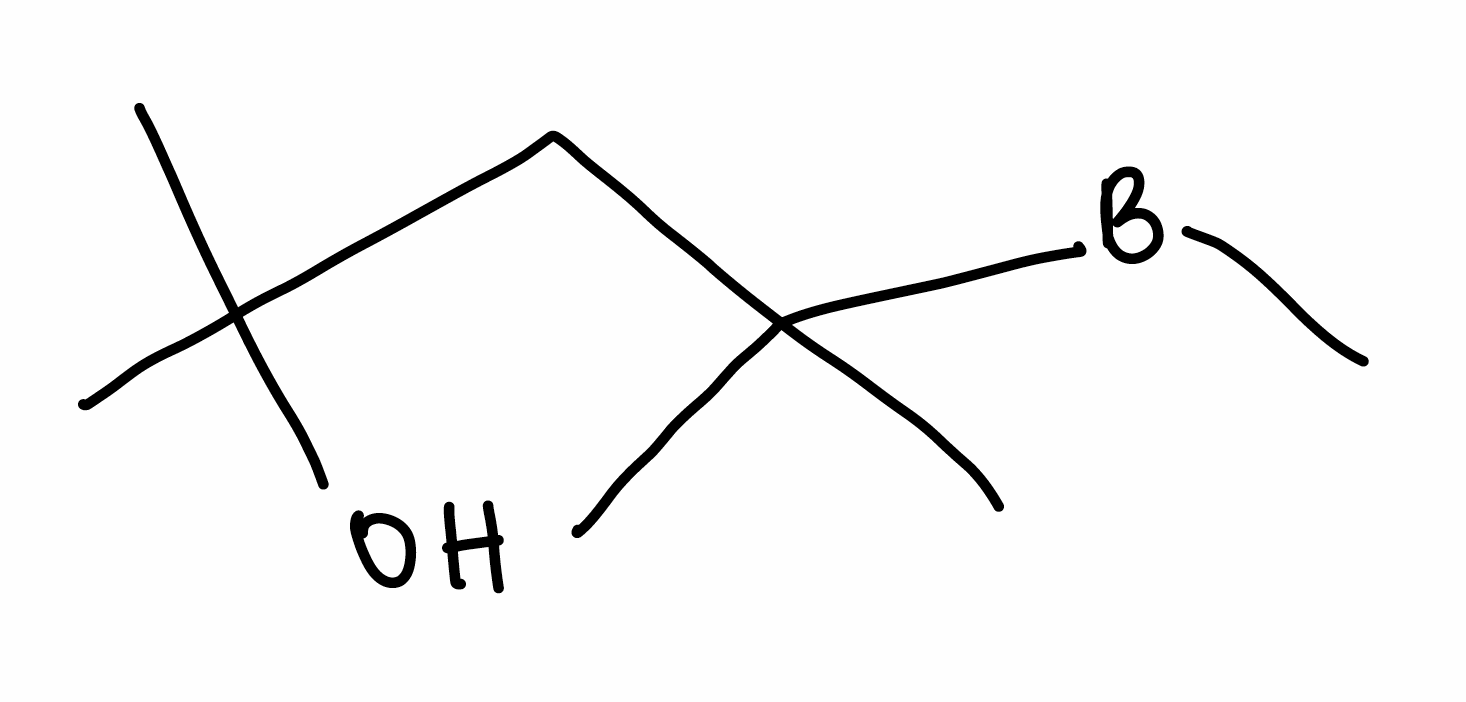
Simplified molecular-input line-entry system (SMILES) notation of the given molecule:
[B](C)C(C)(C)CC(C)(C)O